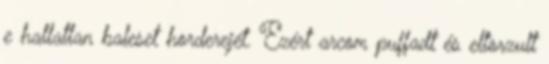
e hallatlan baleset horderejét. Ezért arcom puffadt és eltorzult